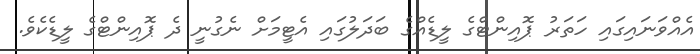
އެއްވަނައިގައި ހަތަރު ޕޮއިންޓްގެ ލީޑެއްގެ ބަދަލުގައި އެޓީމަށް ނެގުނީ ދެ ޕޮއިންޓްގެ ލީޑެކެވެ.